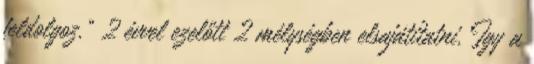
feldolgoz." 2 évvel ezelőtt 2 mélységben elsajátítatni. Így a